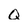
Character: Q